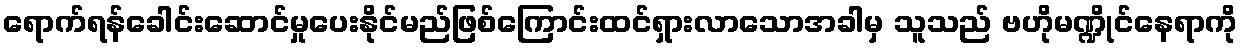
ရောက်ရန်ခေါင်းဆောင်မှုပေးနိုင်မည်ဖြစ်ကြောင်းထင်ရှားလာသောအခါမှ သူသည် ဗဟိုမဏ္ဍိုင်နေရာကို